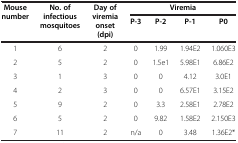
<table><thead><tr><td rowspan="2"><b>Mouse number</b></td><td rowspan="2"><b>No. of infectious mosquitoes</b></td><td rowspan="2"><b>Day of viremia onset (dpi)</b></td><td colspan="4"><b>Viremia</b></td></tr><tr><td><b>P-3</b></td><td><b>P-2</b></td><td><b>P-1</b></td><td><b>P0</b></td></tr></thead><tbody><tr><td>1</td><td>6</td><td>2</td><td>0</td><td>1.99</td><td>1.94E2</td><td>1.060E3</td></tr><tr><td>2</td><td>5</td><td>2</td><td>0</td><td>1.5e1</td><td>5.98E1</td><td>6.86E2</td></tr><tr><td>3</td><td>1</td><td>3</td><td>0</td><td>0</td><td>4.12</td><td>3.0E1</td></tr><tr><td>4</td><td>2</td><td>3</td><td>0</td><td>0</td><td>6.57E1</td><td>3.15E2</td></tr><tr><td>5</td><td>9</td><td>2</td><td>0</td><td>3.3</td><td>2.58E1</td><td>2.78E2</td></tr><tr><td>6</td><td>5</td><td>2</td><td>0</td><td>9.82</td><td>1.58E2</td><td>2.150E3</td></tr><tr><td>7</td><td>11</td><td>2</td><td>n/a</td><td>0</td><td>3.48</td><td>1.36E2*</td></tr></tbody></table>